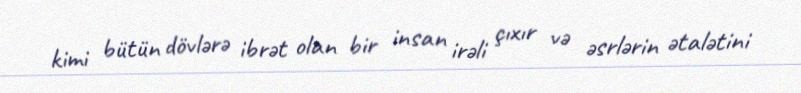
kimi bütün dövlərə ibrət olan bir insan irəli çıxır və əsrlərin ətalətini